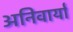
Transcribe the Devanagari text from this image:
अनिवार्या